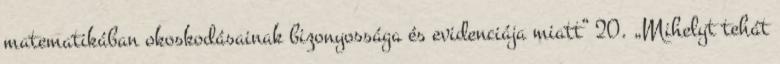
matematikában okoskodásainak bizonyossága és evidenciája miatt” 20. „Mihelyt tehát